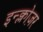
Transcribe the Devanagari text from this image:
इन्क्लोज़र